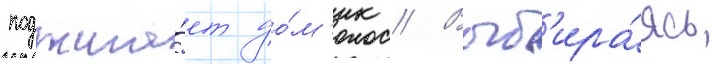
поджига́ет до́м'ик // Выб'ира́ясь